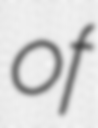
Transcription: of